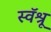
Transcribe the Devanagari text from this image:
स्वॅश्रू